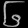
Digit: ၆